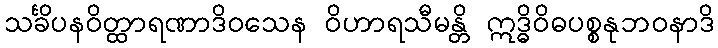
သင်္ခိပနဝိတ္ထာရဏာဒိဝသေန ဝိဟာရသီမန္တိ ဣဒ္ဓိဝိဓပစ္စနုဘဝနာဒိ